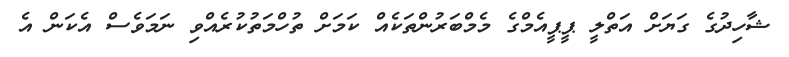
ޝާހިދުގެ ގަޔަށް އަތްލީ ޕީޕީއެމްގެ މެމްބަރުންތަކެއް ކަމަށް ތުހްމަތުކުރެއްވި ނަމަވެސް އެކަން އެ